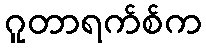
ဂူတာရက်စ်က